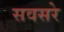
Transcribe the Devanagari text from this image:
सवसरे